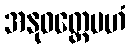
အနုဝတ္တေမဟံ